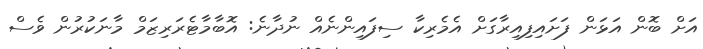
އަށް ބޮން އަޅަން ފަށައިފިއިރާގަށް އެމެރިކާ ސިފައިންނެއް ނުދާނެ: އޮބާމާޓެރަރިޒަމް މާނަކުރުން ވެސް